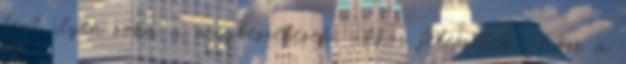
fent ilyen soká a megbeszélések, akkor jelezzétek. Kösz a